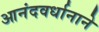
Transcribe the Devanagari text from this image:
आनंदवर्धानाने